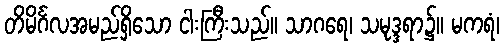
တိမိင်္ဂလအမည်ရှိသော ငါးကြီးသည်။ သာဂရေ၊ သမုဒ္ဒရာ၌။ မကရံ၊